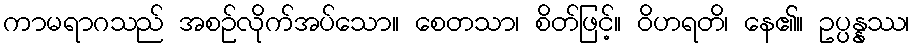
ကာမရာဂသည် အစဉ်လိုက်အပ်သော။ စေတသာ၊ စိတ်ဖြင့်။ ဝိဟရတိ၊ နေ၏။ ဥပ္ပန္နဿ၊